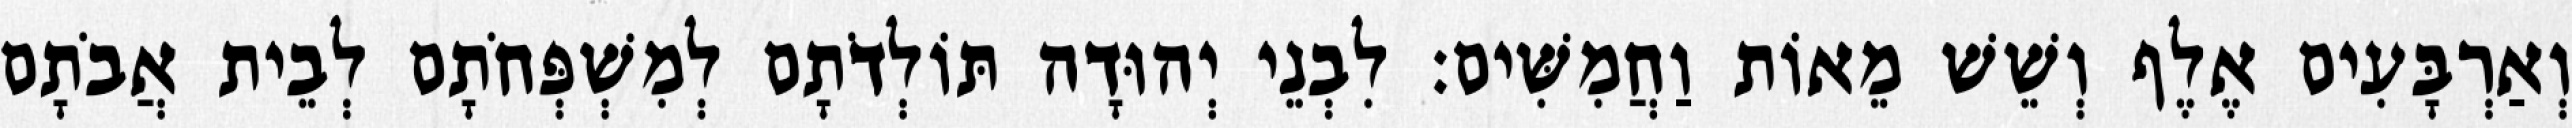
וְאַרְבָּעִים אֶלֶף וְשֵׁשׁ מֵאוֹת וַחֲמִשִּׁים׃ לִבְנֵי יְהוּדָה תּוֹלְדֹתָם לְמִשְׁפְּחֹתָם לְבֵית אֲבֹתָם